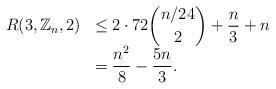
LaTeX: \begin{align*}\begin{array}{rl}\displaystyle R(3,\mathbb{Z}_n,2) & \displaystyle \leq 2\cdot 72{ n/24 \choose 2 } +\frac{n}{3}+n\\& \displaystyle = \frac{n^2}{8}-\frac{5n}{3}.\end{array}\end{align*}